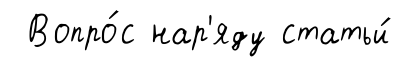
Вопро́с нар'яду статьи́